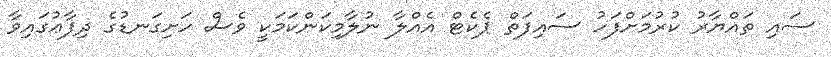
ސައި ތައްޔާރު ކުރުމަށްފަހު ސައިފަތް ޕެކެޓް އެއްލާ ނުލާމިކަންކަމަކީ ވެސް ހަށިގަނޑުގެ ދިފާޢުގައިވާ